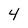
Character: 4